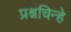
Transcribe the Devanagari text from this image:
प्रश्नचिन्हे